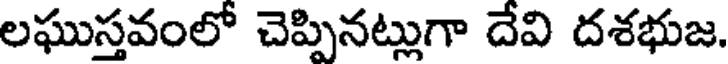
లఘుస్తవంలో చెప్పినట్లుగా దేవి దశభుజ.